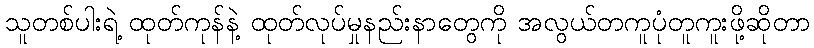
သူတစ်ပါးရဲ့ ထုတ်ကုန်နဲ့ ထုတ်လုပ်မှုနည်းနာတွေကို အလွယ်တကူပုံတူကူးဖို့ဆိုတာ